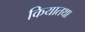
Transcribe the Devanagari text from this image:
कियातथा